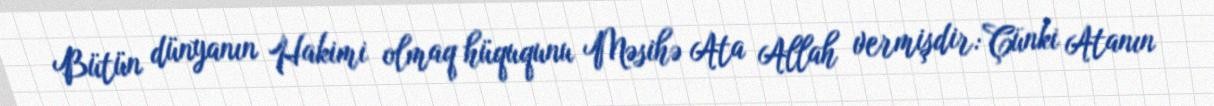
Bütün dünyanın Hakimi olmaq hüququnu Məsihə Ata Allah vermişdir: Çünki Atanın